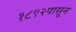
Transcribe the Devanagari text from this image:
१८९२पासून